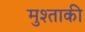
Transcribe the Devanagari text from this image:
मुश्ताकी